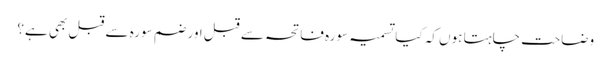
وضاحت چاہتا ہوں کہ کیا تسمیہ سورہ فاتحہ سے قبل اور ضم سورہ سے قبل بھی ہے؟